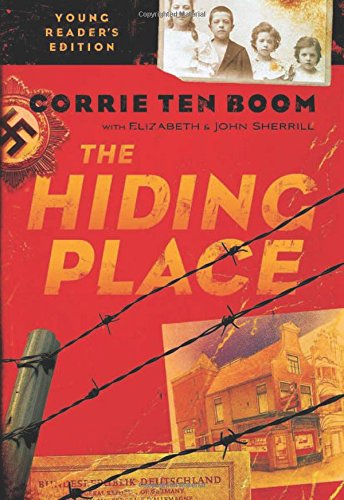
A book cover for The Hiding Place; Corrie ten Boom; Children's Books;